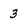
Character: 3